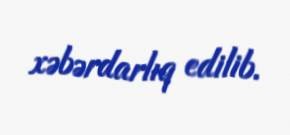
xəbərdarlıq edilib.